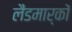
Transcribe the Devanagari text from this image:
लैंडमार्कों